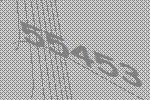
55453